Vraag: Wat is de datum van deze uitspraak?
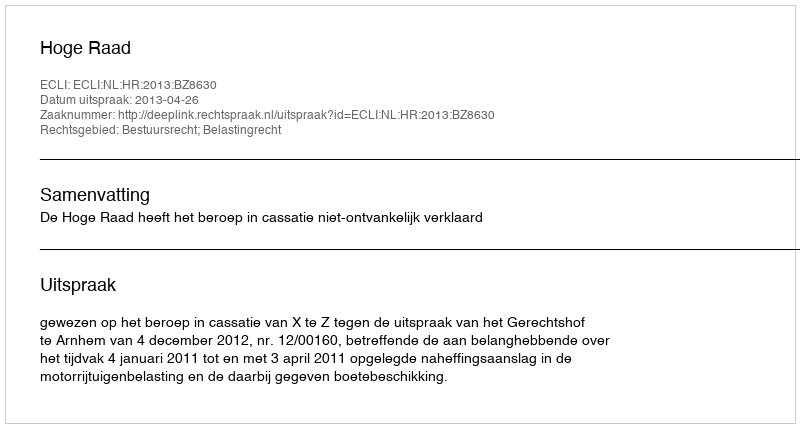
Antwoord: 2013-04-26